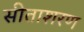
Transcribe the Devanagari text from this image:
सीताशरण